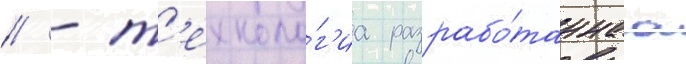
// - т'ехноло́г'иа разрабо́таннаа